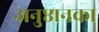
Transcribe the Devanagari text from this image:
अनुष्ठानका